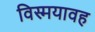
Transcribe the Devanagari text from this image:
विस्मयावह